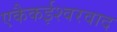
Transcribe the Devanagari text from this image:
एकैकईश्‍वरवाद